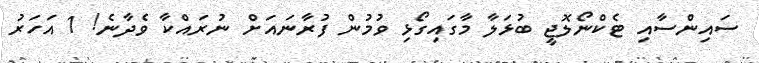
ސައިންސާއި ޓެކްނޯލޮޖީ ބުޅަލާ މާގައިގޯޅި ވުމުން ފުރާނައަށް ނުރައްކާ ވެދާނެ! 1 އަހަރު